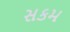
સકમ